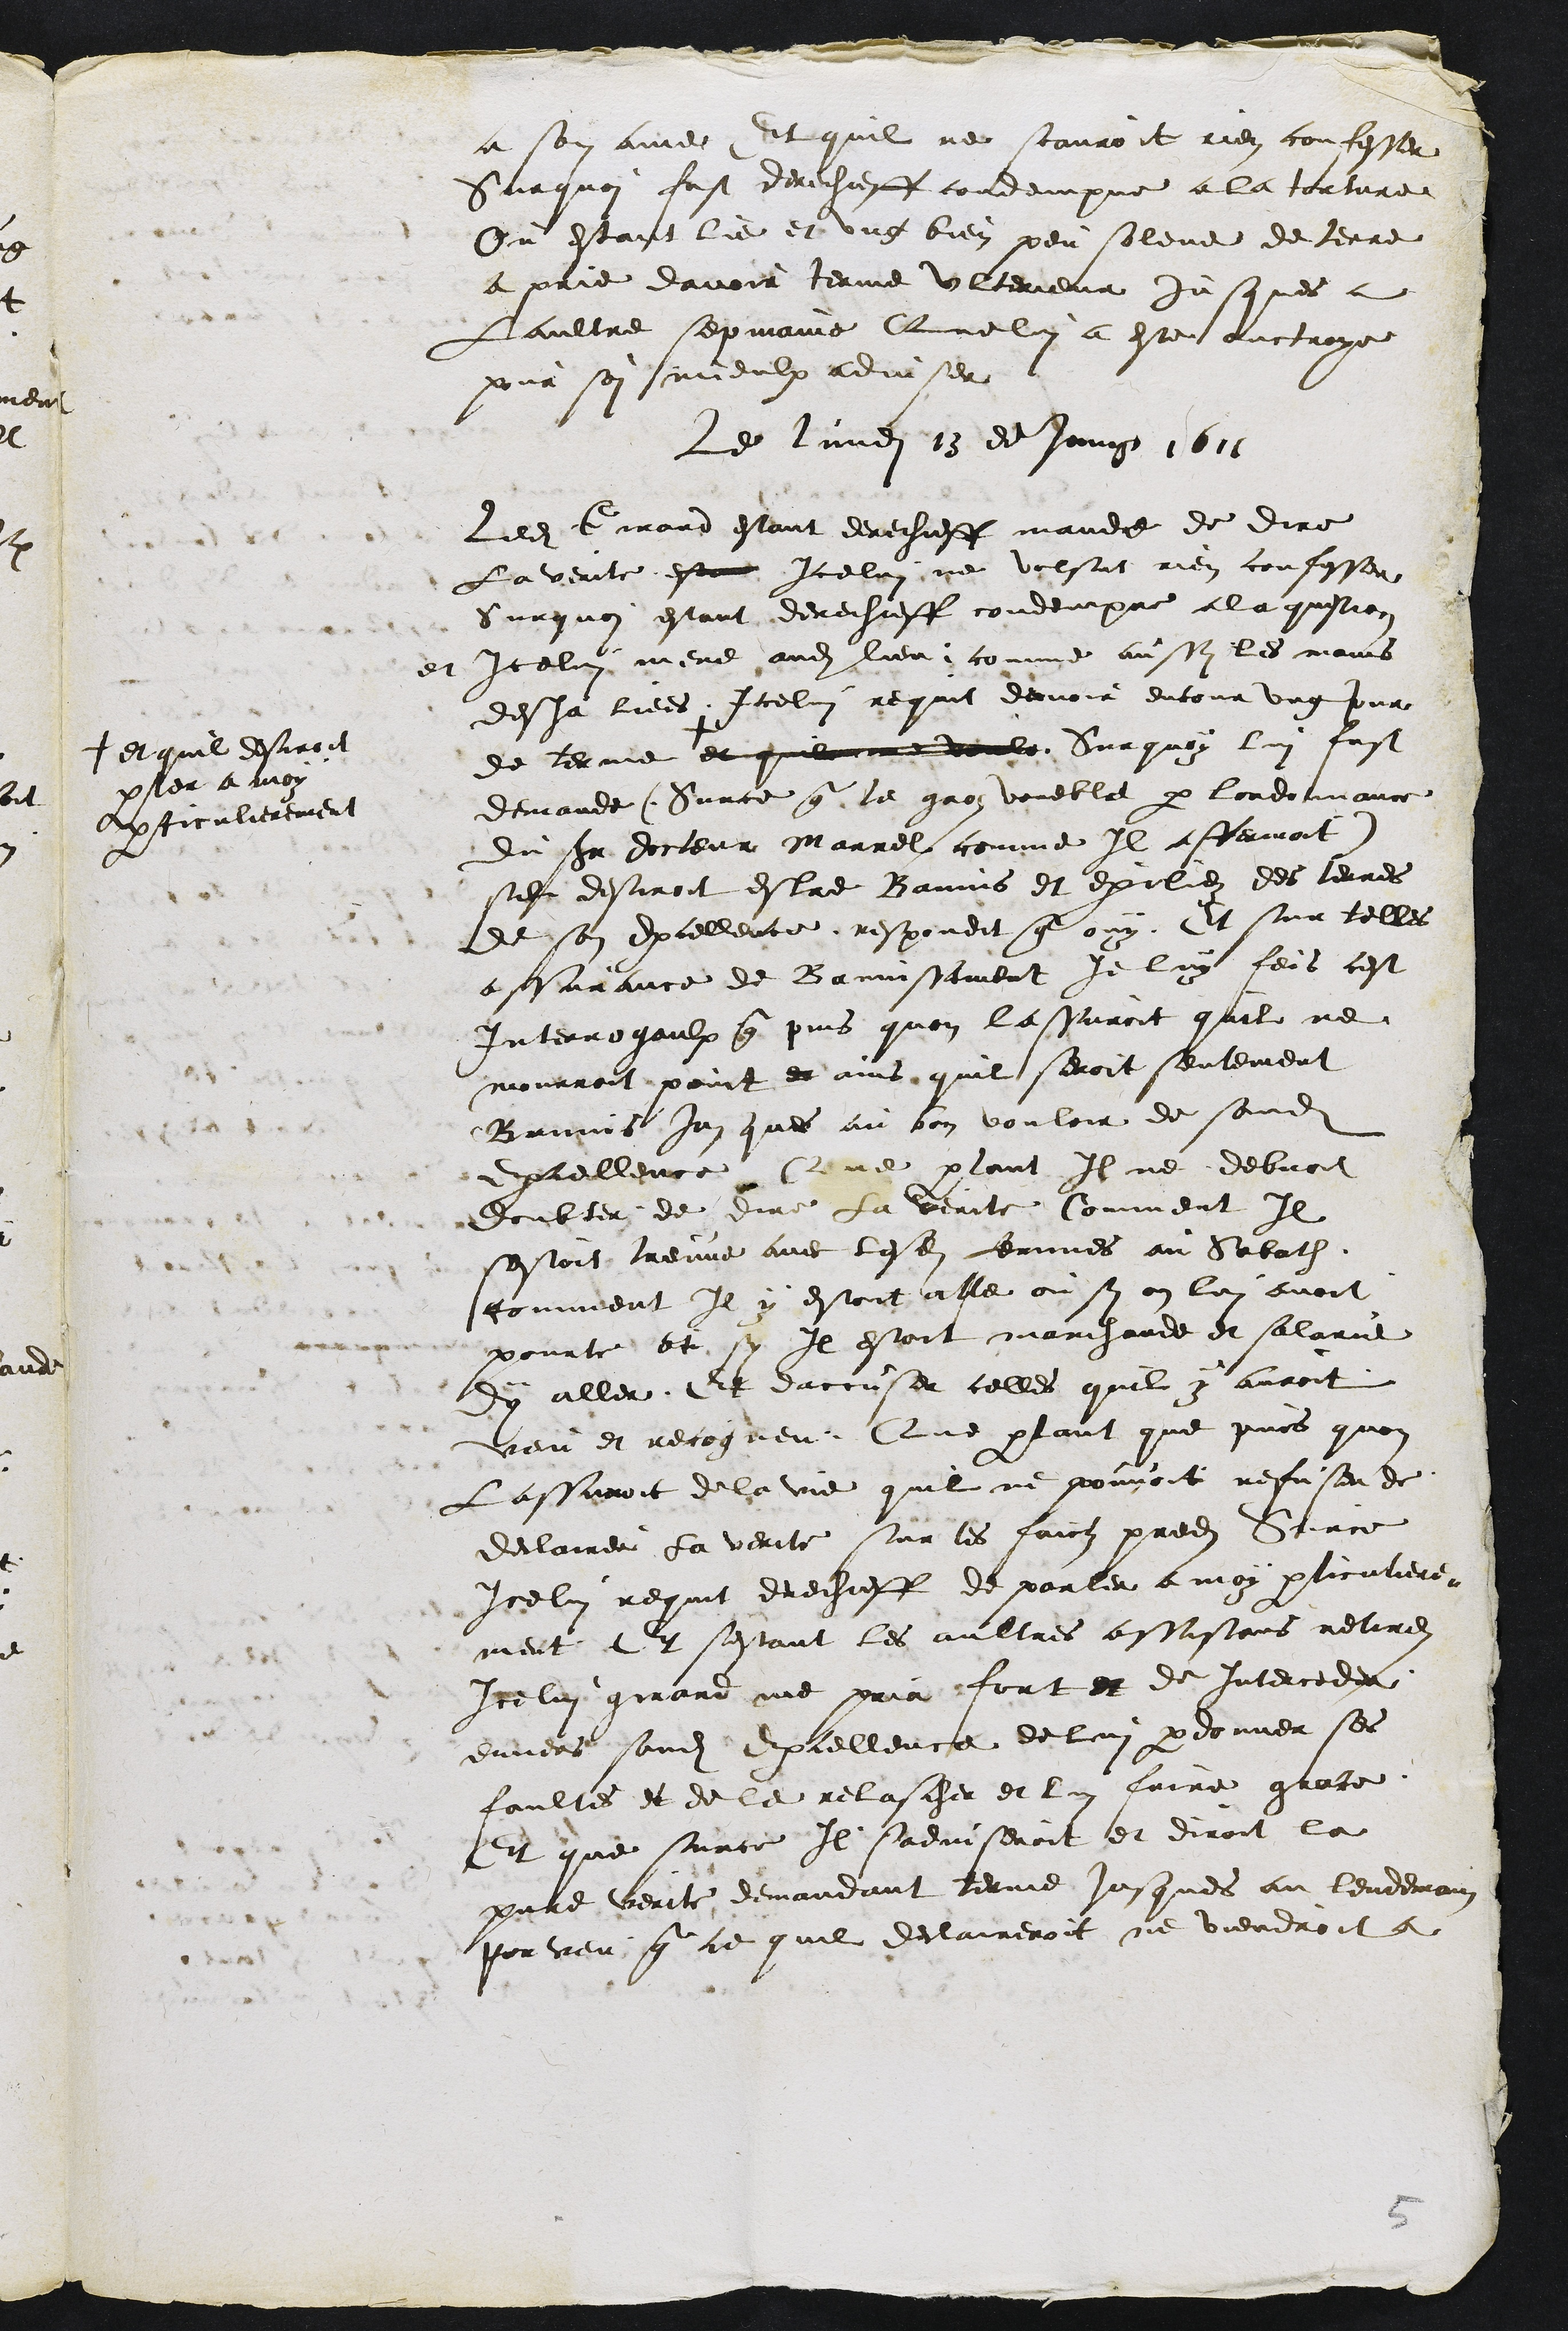
a son amee Dit quil ne scauroit rien confesser
Surquoi fust derechieff condempne a la torture
Ou estant lie et ung bien pensoleue de terre
a prie davoir terme ulterieur jusques a
Laultre sepmaine Que lui a este auctroye
pour soi mieulx adviser
Le lundi 13 de Juing 1611
Ledit Girard estant derechiefff mande de dire
La verite esta Icelui ne volsut rien confesser
Surquoi estant derechieff condempne a la question
et Icelui mene audit lieu comme aussy les mains
desja liees Icelui requis davoir encour ung jour
de terme
+ et quil desiroit
parler a moy
Aprticulierement
et quil me voule Surquoy lui fust
demande Surce que le gros voueble par lordonnance
du sieur docteur Marrel comme Il affermoit
se desiroit estre Bamis et exilier des terres
Et son Excellente respondit que ouy Et sur telles
assurance de Banussement je luy feis cest
Interrogaulx que puis quon lassuroit quil ne
mourroit point et ains quil seroit seutement
Brmnis jusques au bon vouloir de sondit
dxcelleure Que palant Il ne debvoit
doubter de dire la verite Comment Il
sestoit treuve avec lesdits femmes au Sabath.
comment Il y estoit alle ou sy on lui avoit
pourte et sy Il estoit marchande et salarie
dy aller Et daccuser celles quil y auroit
vau et recogneu Que partant que puis quon
Lassivoit de la vie quil ne pouvoit refuser de
declairer la verite sur les faictz predites Suurce
Icelui requit drechieff de parler a moy plicutiere
ment l2 sestant les aultres assistons retirez
Icelui girard me pria fort et de Intercedu
envers sondit Excellence de lui pardonner ses
faultes et de le relascher et lui faire grate
Et que surce Il sadviseroit et diroit la
preence verite demandant terme jusques au lendemain
por veu que ce quil declaireroit ne viendroit a

5